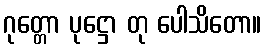
ဂုတ္တော ပုဋ္ဌော တု ပေါသိတော။